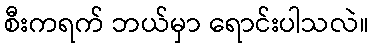
စီးကရက် ဘယ်မှာ ရောင်းပါသလဲ။